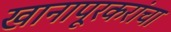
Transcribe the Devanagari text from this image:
खानापूरकरांचा